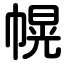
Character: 幌